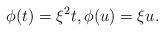
LaTeX: \begin{align*} \phi(t)=\xi^2t,\phi(u)=\xi u. \end{align*}